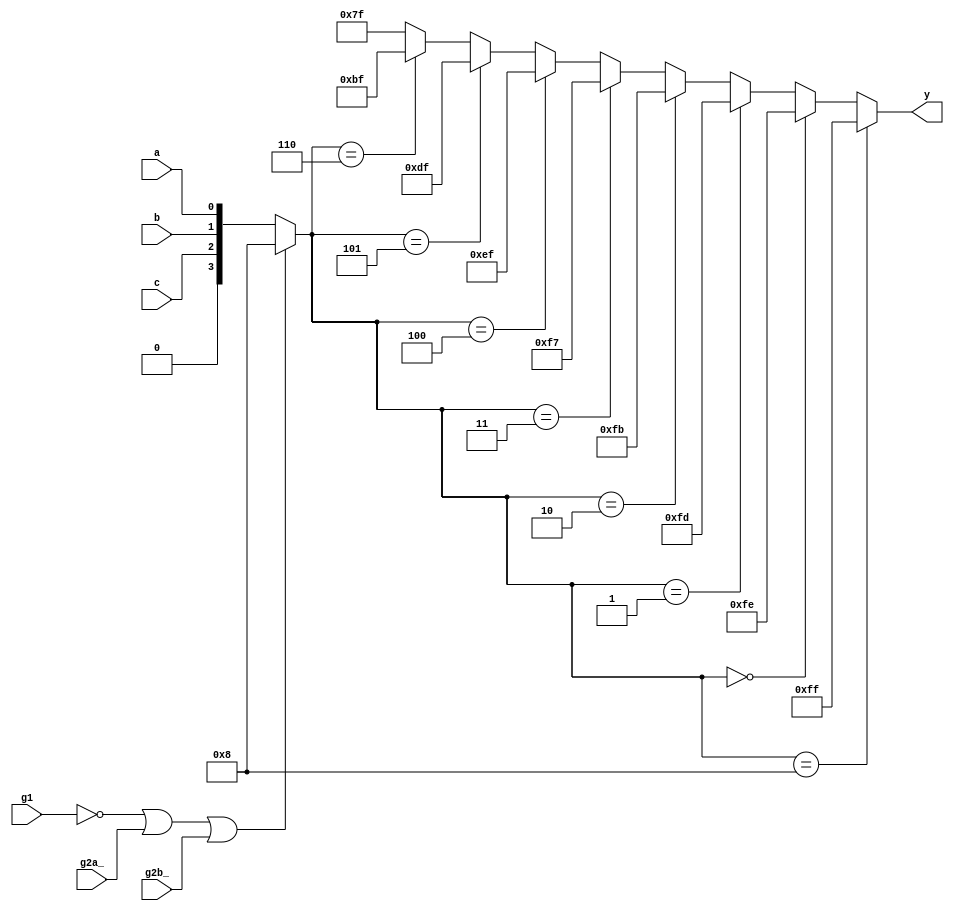
module sn74ls138(y, a, b, c, g1, g2a_, g2b_);
input a, b, c, g1, g2a_, g2b_;
output [7:0] y;
wire [3:0] cba;

parameter
	// TI TTL data book Vol 1, 1985
	tPLH_min=0, tPLH_typ=18, tPLH_max=27,	// worst case
	tPHL_min=0, tPHL_typ=27, tPHL_max=41;

assign cba = (g1==0 || g2a_==1 || g2b_==1) ? 4'b1000 : { 1'b0, c, b, a};

assign #(tPLH_min:tPLH_typ:tPLH_max,
         tPHL_min:tPHL_typ:tPLH_max)
	y = (cba==4'b1000 ? 8'b11111111 :
	     (cba==4'b0000 ? 8'b11111110 :
		  (cba==4'b0001 ? 8'b11111101 :
           (cba==4'b0010 ? 8'b11111011 :
            (cba==4'b0011 ? 8'b11110111 :
             (cba==4'b0100 ? 8'b11101111 :
              (cba==4'b0101 ? 8'b11011111 :
               (cba==4'b0110 ? 8'b10111111 : 8'b01111111 ))))))));

endmodule